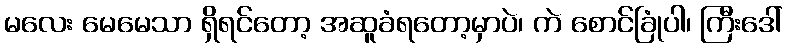
မလေး မေမေသာ ရှိရင်တော့ အဆူခံရတော့မှာပဲ၊ ကဲ စောင်ခြုံပါ၊ ကြီးဒေါ်